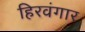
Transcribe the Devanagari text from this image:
हिरवंगार